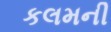
કલમની